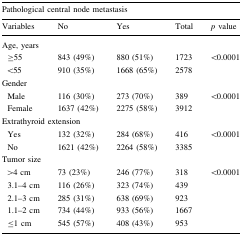
<table><thead><tr><td colspan="5"><b>Pathological central node metastasis</b></td></tr><tr><td><b>Variables</b></td><td><b>No</b></td><td><b>Yes</b></td><td><b>Total</b></td><td><b><i>p</i> value</b></td></tr></thead><tbody><tr><td colspan="5">Age, years</td></tr><tr><td> ≥55</td><td>843 (49%)</td><td>880 (51%)</td><td>1723</td><td rowspan="2">&lt;0.0001</td></tr><tr><td> &lt;55</td><td>910 (35%)</td><td>1668 (65%)</td><td>2578</td></tr><tr><td colspan="5">Gender</td></tr><tr><td> Male</td><td>116 (30%)</td><td>273 (70%)</td><td>389</td><td rowspan="2">&lt;0.0001</td></tr><tr><td> Female</td><td>1637 (42%)</td><td>2275 (58%)</td><td>3912</td></tr><tr><td colspan="5">Extrathyroid extension</td></tr><tr><td> Yes</td><td>132 (32%)</td><td>284 (68%)</td><td>416</td><td>&lt;0.0001</td></tr><tr><td> No</td><td>1621 (42%)</td><td>2264 (58%)</td><td>3385</td><td></td></tr><tr><td colspan="5">Tumor size</td></tr><tr><td> &gt;4 cm</td><td>73 (23%)</td><td>246 (77%)</td><td>318</td><td rowspan="5">&lt;0.0001</td></tr><tr><td> 3.1–4 cm</td><td>116 (26%)</td><td>323 (74%)</td><td>439</td></tr><tr><td> 2.1–3 cm</td><td>285 (31%)</td><td>638 (69%)</td><td>923</td></tr><tr><td> 1.1–2 cm</td><td>734 (44%)</td><td>933 (56%)</td><td>1667</td></tr><tr><td> ≤1 cm</td><td>545 (57%)</td><td>408 (43%)</td><td>953</td></tr></tbody></table>